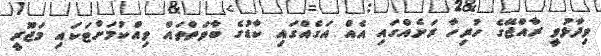
ވިދާޅުވީ ރާއްޖޭގެ ހުރިހާ ރަށެއްގައި އެއް އަގެއްގައި ކާޑުގެ ބާވަތްތައް ވިއްކުމަށްޓަކައި މަޖޫރީ